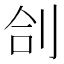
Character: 㓣